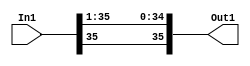
module velocityControlHdl_Convert_Data_Type
          (
           In1,
           Out1
          );


  input   signed [35:0] In1;  // sfix36_En23
  output  signed [35:0] Out1;  // sfix36_En22


  wire signed [35:0] Data_Type_Conversion_out1;  // sfix36_En22


  // <S27>/Data Type Conversion
  assign Data_Type_Conversion_out1 = {In1[35], In1[35:1]};



  assign Out1 = Data_Type_Conversion_out1;

endmodule